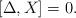
LaTeX: \begin{align*} [\Delta , X ] = 0. \end{align*}